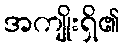
အကျိုးရှိ၏